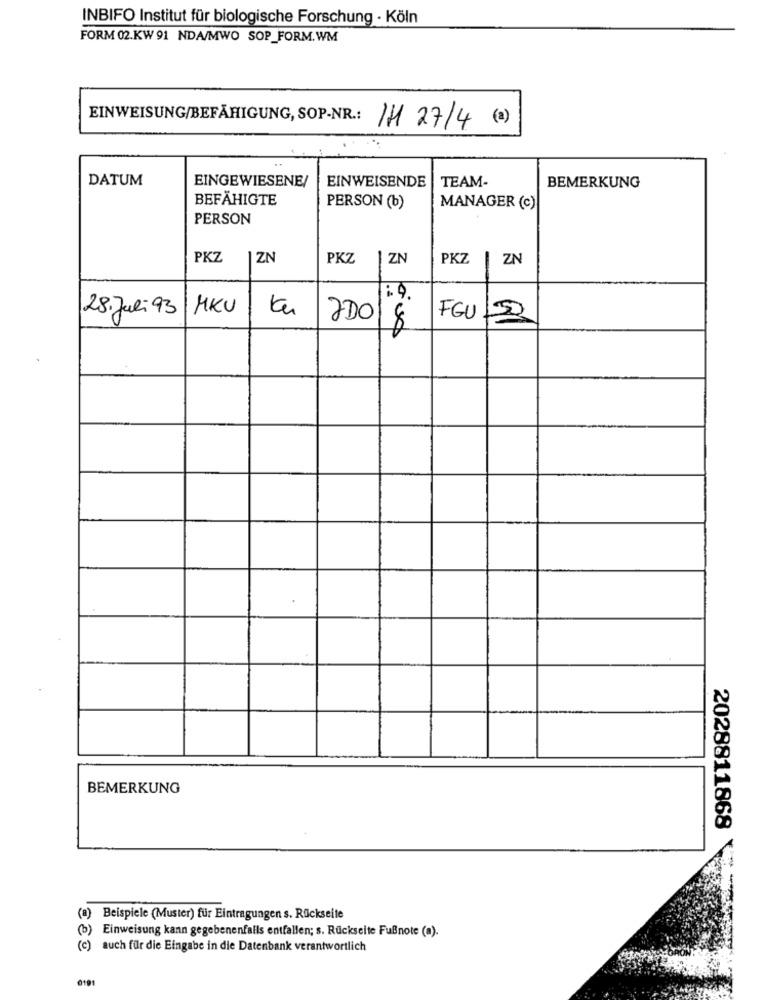
INBIFO Institut für biologische Forschung - Köln
FORM 02.KW 91 NDA/MWO SOP_FORM.WM
EINWEISUNG/BEFÄHIGUNG, SOP-NR .:
IH 27/4 (2)
DATUM
EINGEWIESENE/
EINWEISENDE
TEAM-
BEMERKUNG
BEFÄHIGTE
PERSON (b)
MANAGER (c)
PERSON
PKZ
1 ZN
PKZ
ZN
PKZ
ZN
1 9.
28.Juli 93
MKU
tu
200
FGU
8
BEMERKUNG
2028811868
(a) Beispiele (Muster) für Eintragungen s. Rückseite
(b) Einweisung kann gegebenenfalls entfallen; s. Rückseite Fußnote (a).
(c) auch für die Eingabe in die Datenbank verantwortlich
0191